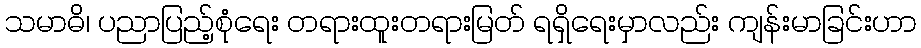
သမာဓိ၊ ပညာပြည့်စုံရေး တရားထူးတရားမြတ် ရရှိရေးမှာလည်း ကျန်းမာခြင်းဟာ